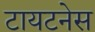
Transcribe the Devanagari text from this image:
टायटनेस